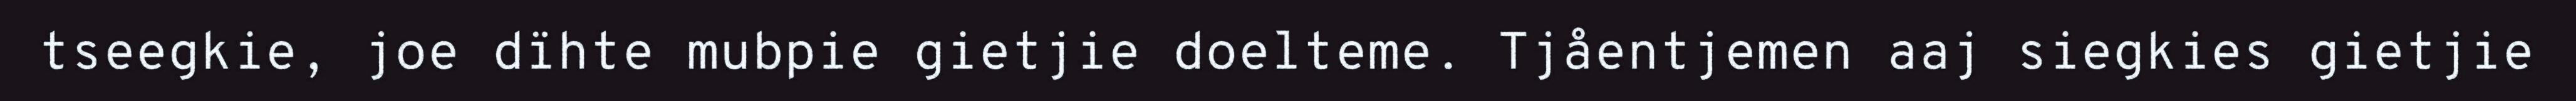
tseegkie, joe dïhte mubpie gietjie doelteme. Tjåentjemen aaj siegkies gietjie